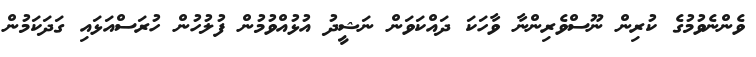
ވެންނެވުމުގެ ކުރިން ނޫސްވެރިންނާ ވާހަކަ ދައްކަވަން ނަޝީދު އުޅުއްވުމުން ފުލުުހުން ހުރަސްއަޅައި ގަދަކަމުން